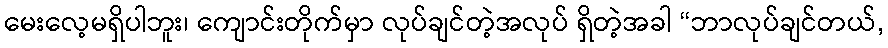
မေးလေ့မရှိပါဘူး၊ ကျောင်းတိုက်မှာ လုပ်ချင်တဲ့အလုပ် ရှိတဲ့အခါ “ဘာလုပ်ချင်တယ်,